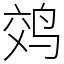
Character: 䴔